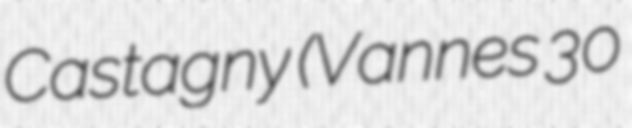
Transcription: Castagny (Vannes 30